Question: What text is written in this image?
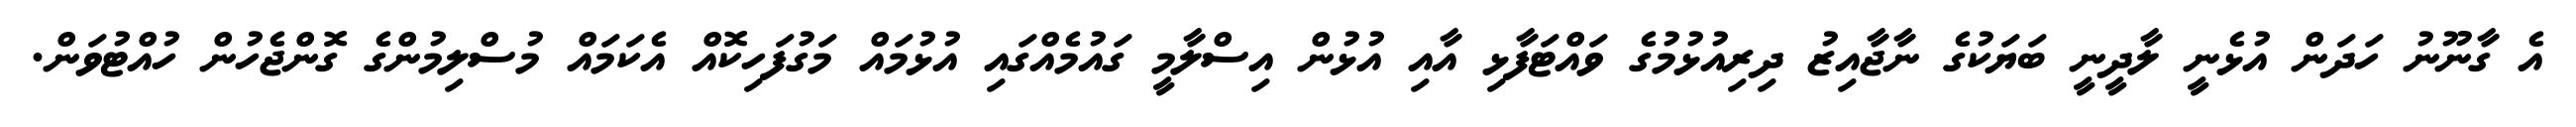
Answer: އެ ގާނޫނު ހަދަން އުޅެނީ ލާދީނީ ބަޔަކުގެ ނާޖާއިޒު ދިރިއުޅުމުގެ ވައްޓަފާޅި އާއި އުޅުން އިސްލާމީ ގައުމެއްގައި އުޅުމައް މަގުފަހިކޮއް އެކަމައް މުސްލިމުންގެ ގޮންޖެހުން ހުއްޓުވަން.